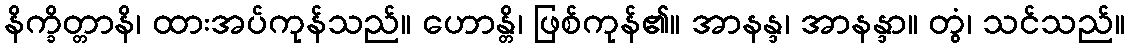
နိက္ခိတ္တာနိ၊ ထားအပ်ကုန်သည်။ ဟောန္တိ၊ ဖြစ်ကုန်၏။ အာနန္ဒ၊ အာနန္ဒာ။ တွံ၊ သင်သည်။